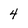
Character: 4